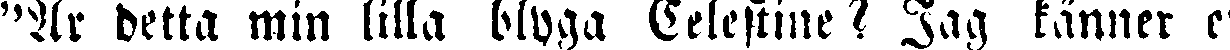
"Är detta min lilla blyga Celestine? Jag känner e